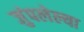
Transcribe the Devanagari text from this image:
जुंपलेल्या